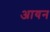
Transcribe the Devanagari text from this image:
अायन